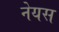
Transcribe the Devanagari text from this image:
नेयस